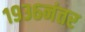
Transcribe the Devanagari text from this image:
१९३६नंतर